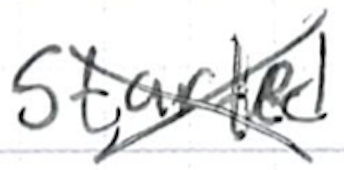
Text: started
Cross-out: cross
Writing tool: ballpoint